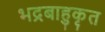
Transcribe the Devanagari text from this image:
भद्रबाहुकृत